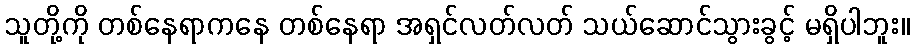
သူတို့ကို တစ်နေရာကနေ တစ်နေရာ အရှင်လတ်လတ် သယ်ဆောင်သွားခွင့် မရှိပါဘူး။